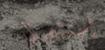
إستئصال